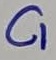
Text: C1